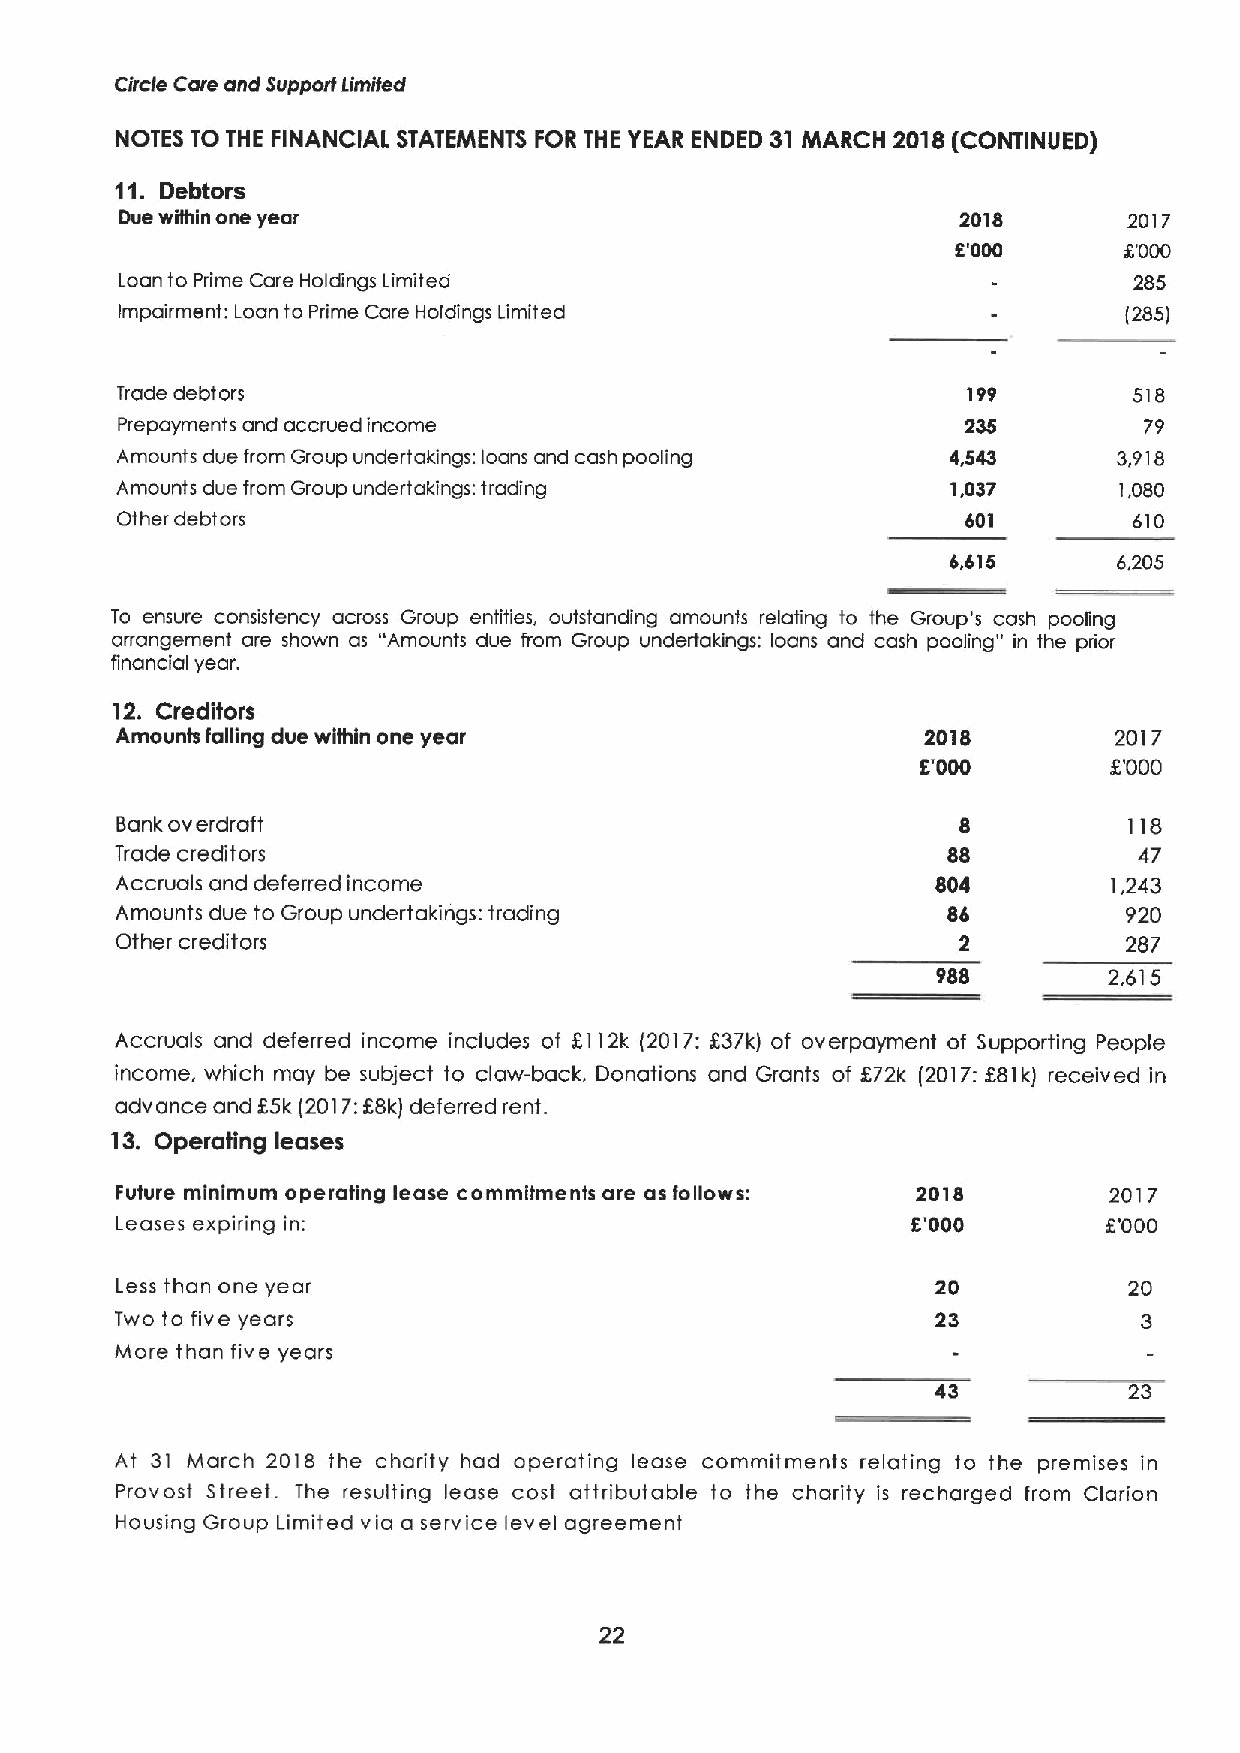
Circle Care and Support Limited
 NOTES TO THE FINANCIAL STATEMENTS FOR THE YEAR ENDED 31 MARCH 2018 (CONTINUED)
 11. Debtors
 0ue within one year                                     2018       2017
 O'000      5'000
 Loan to Prime Care Holdings Limited                                285
 impairment: Loan to Prime Care Holdings Limited                   (285)
 Trade debtors                                           199        518
 Prepayments and accrued income                          235         79
 Amounts due from Group undertakings: loans and cash pooling 4,543 3,918
 Amounts due from Group undertakings: trading           1,037      1,080
 Other debtors                                           601        610
 6,615      6,205
 To ensure consistency across Group entities, outstanding amounts relating to the Group's cash pooling
 arrangement are shown as "Amounts due from Group undertakings: loans and cash pooling" in the prior
 financial year.
 12. Creditors
 Amounts falling due within one year                  2018         2017
 8'000        '000
 F.
 Bank overdraft                                          8          118
 Trade creditors                                        88          47
 Accruals and deferred income                          804         1,243
 Amounts due to Group undertakings: trading             85          920
 Other creditors                                        2           287
 988        2,615
 Accruals and deferred income includes of 5112k (2017:537k) of overpayment of Supporting People
 income, which may be subject to claw-back, Donations and Grants of 872k (2017:881k) received in
 advance and F5k (2017:KBk) deferred rent.
 13, Operating leases
 Future minimum operating lease commitments are as follows: 2018  2017
 Leases expiring in:                                 5'000        5'000
 Less than one year                                    20           20
 Two to five years                                     23
 More than five years
 43           23
 At 31 March 2018 the charity had operating lease commitments relating to the premises in
 Provost Street. The resulting lease cost attributable to the charity is recharged from Clarion
 Housing Group Limited via a service level agreement
 22